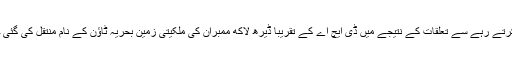
جنرل امتیاز مرحوم جو ریٹائرمنٹ کے بعد آرمی ویلفیئر ٹرسٹ کے چیئرمین کے طور پر بھی کام کرتے رہے سے تعلقات کے نتیجے میں ڈی ایچ اے کے تقریباً ڈیرھ لاکھ ممبران کی ملکیتی زمین بحریہ ٹاﺅن کے نام منتقل کی گئی جسے DHA بل کے حوالے سے پارلیمنٹ میں قانونی شکل دینے کی کوشش بھی کی جاتی رہی ہے۔